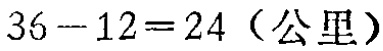
\(36 - 12 = 24 \text{（公里）}\)